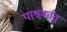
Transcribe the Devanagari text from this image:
पाश्र्वतंतु